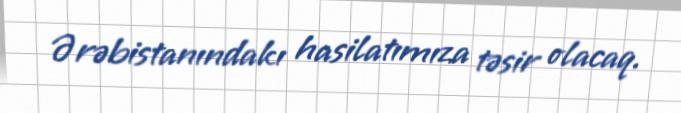
Ərəbistanındakı hasilatımıza təsir olacaq.